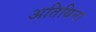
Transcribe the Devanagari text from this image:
अतिथिना